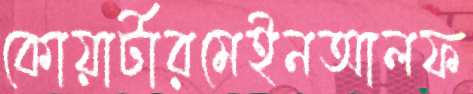
কোয়ার্টারমেইনআলফ